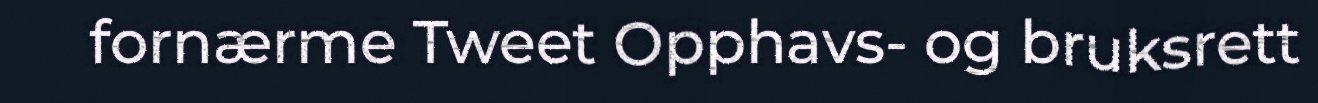
fornærme Tweet Opphavs- og bruksrett